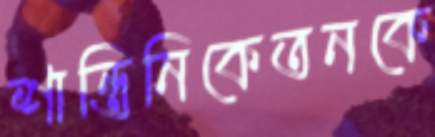
শান্তিনিকেতনকে